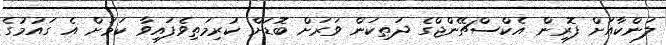
ލަންކާއަށް ފޮރިން އެކްސްޗޭންޖްގެ ދަތިކަން ވަރަށް ބޮޑަށް ކުރިމަތިވެފައިވާ ކަމަށް އެ ގައުމުގެ